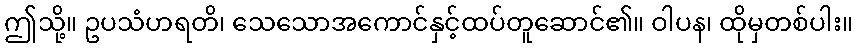
ဤသို့။ ဥပသံဟရတိ၊ သေသောအကောင်နှင့်ထပ်တူဆောင်၏။ ဝါပန၊ ထိုမှတစ်ပါး။